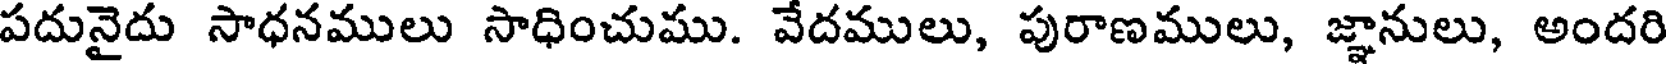
పదునైదు సాధనములు సాధించుము. వేదములు, పురాణములు, జ్ఞానులు, అందరి